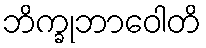
ဘိက္ခုဘာဝေါတိ